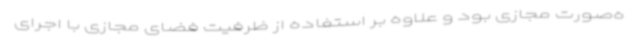
ه‌صورت مجازی بود و علاوه بر استفاده از ظرفیت فضای مجازی با اجرای